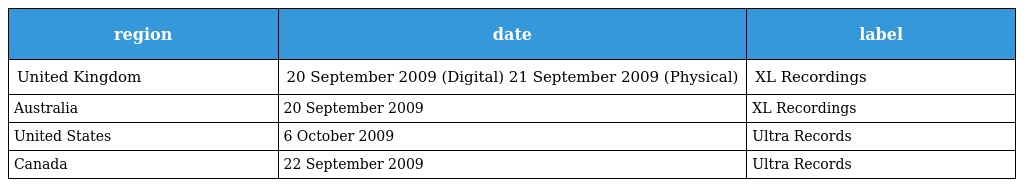
| region | date | label |
 | --- | --- | --- |
 | United Kingdom | 20 September 2009 (Digital) 21 September 2009 (Physical) | XL Recordings |
 | Australia | 20 September 2009 | XL Recordings |
 | United States | 6 October 2009 | Ultra Records |
 | Canada | 22 September 2009 | Ultra Records |